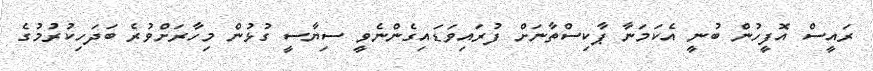
ރައީސް އޮފީހުން ބުނީ އެކަމަނާ ޕާކިސްތާނަށް ފުރައިވަޑައިގެންނެވީ ސިޔާސީ ގުޅުން މިހާރަށްވުރެ ބަދަހިކުރުމުގެ